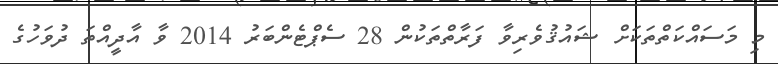
މި މަސައްކަތްތަކަށް ޝައުޤުވެރިވާ ފަރާތްތަކުން 28 ސެޕްޓެންބަރު 2014 ވާ އާދީއްތަ ދުވަހުގެ